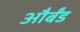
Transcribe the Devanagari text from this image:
और्बंड